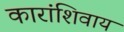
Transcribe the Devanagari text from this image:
कारांशिवाय